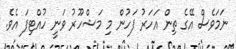
ނަމަވެސް އޭގެ ތިން އަހަރު ފަހުން މި މަޝްހޫރު ވަނީ ހުއްޓިފަ އެވެ.